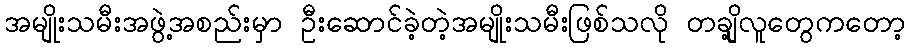
အမျိုးသမီးအဖွဲ့အစည်းမှာ ဦးဆောင်ခဲ့တဲ့အမျိုးသမီးဖြစ်သလို တချို့လူတွေကတော့